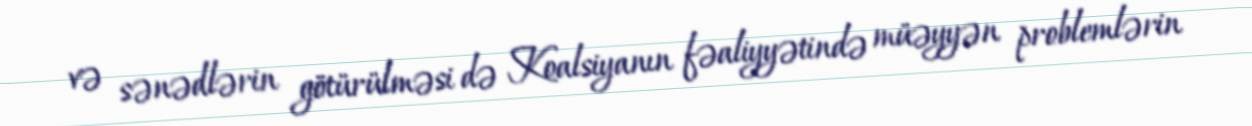
və sənədlərin götürülməsi də Koalsiyanın fəaliyyətində müəyyən problemlərin